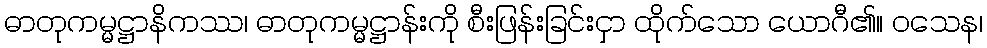
ဓာတုကမ္မဋ္ဌာနိကဿ၊ ဓာတုကမ္မဋ္ဌာန်းကို စီးဖြန်းခြင်းငှာ ထိုက်သော ယောဂီ၏။ ဝသေန၊